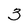
Character: 3